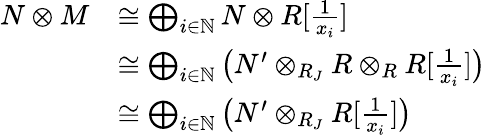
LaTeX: \begin{array}{rl}{N\otimes M}&{\cong\bigoplus_{i\in\mathbb{N}}N\otimes R[\frac{1}{x_{i}}]}\\ &{\cong\bigoplus_{i\in\mathbb{N}}\big(N^{\prime}\otimes_{R_{J}}R\otimes_{R}R[\frac{1}{x_{i}}]\big)}\\ &{\cong\bigoplus_{i\in\mathbb{N}}\big(N^{\prime}\otimes_{R_{J}}R[\frac{1}{x_{i}}]\big)}\end{array}